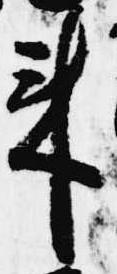
来